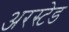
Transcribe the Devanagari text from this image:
अरस्टेड